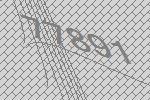
77891